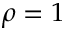
\rho = 1